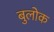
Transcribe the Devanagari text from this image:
बुलोक